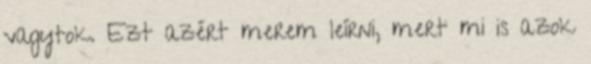
vagytok. Ezt azért merem leírni, mert mi is azok